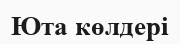
Юта көлдері